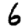
Digit: 6